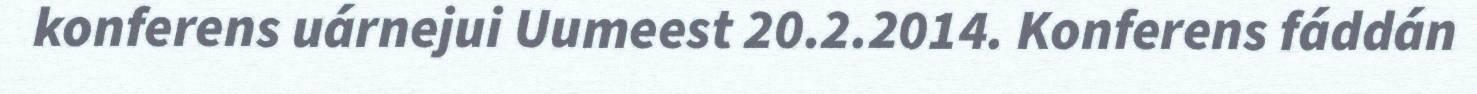
konferens uárnejui Uumeest 20.2.2014. Konferens fáddán